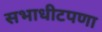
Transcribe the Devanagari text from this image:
सभाधीटपणा